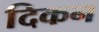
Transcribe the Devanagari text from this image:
दिकन